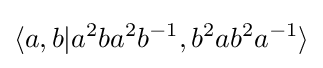
\langle a,b|a^{2}ba^{2}b^{-1},b^{2}ab^{2}a^{-1}\rangle